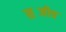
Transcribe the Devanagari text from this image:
सब्जीच